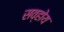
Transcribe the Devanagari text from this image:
सव्होय